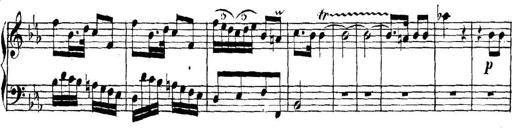
Title: Collected Piano Sonatas
Composer: Muzio Clementi